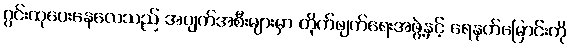
ဂွင်းထုပေးနေလေသည် အပျက်အစီးများမှာ တိုက်ဖျက်ရေးအဖွဲ့နှင့် ရေနုတ်မြောင်းကို